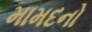
મામદનો